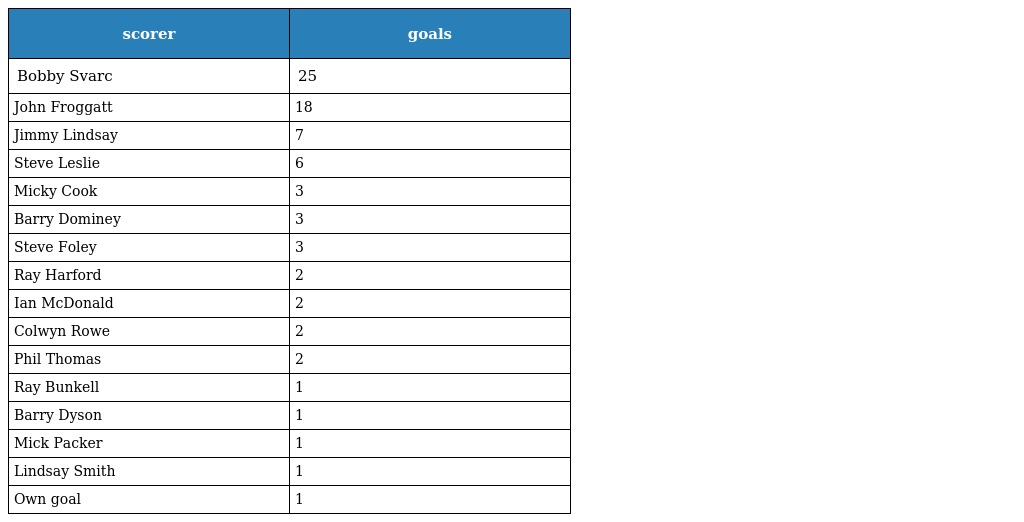
| scorer | goals |
 | --- | --- |
 | Bobby Svarc | 25 |
 | John Froggatt | 18 |
 | Jimmy Lindsay | 7 |
 | Steve Leslie | 6 |
 | Micky Cook | 3 |
 | Barry Dominey | 3 |
 | Steve Foley | 3 |
 | Ray Harford | 2 |
 | Ian McDonald | 2 |
 | Colwyn Rowe | 2 |
 | Phil Thomas | 2 |
 | Ray Bunkell | 1 |
 | Barry Dyson | 1 |
 | Mick Packer | 1 |
 | Lindsay Smith | 1 |
 | Own goal | 1 |